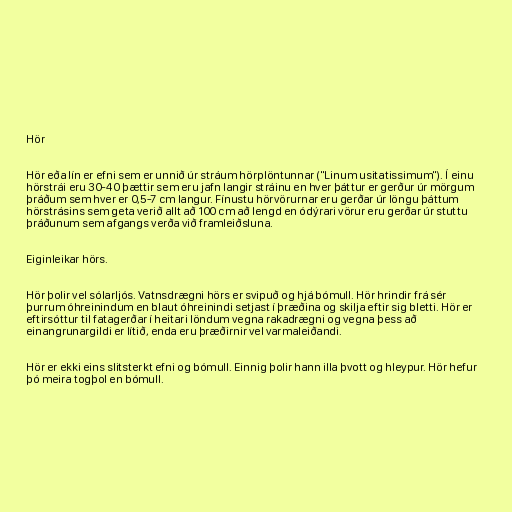
Hör

Hör eða lín er efni sem er unnið úr stráum hörplöntunnar ("Linum usitatissimum"). Í einu
hörstrái eru 30-40 þættir sem eru jafn langir stráinu en hver þáttur er gerður úr mörgum
þráðum sem hver er 0,5-7 cm langur. Fínustu hörvörurnar eru gerðar úr löngu þáttum
hörstrásins sem geta verið allt að 100 cm að lengd en ódýrari vörur eru gerðar úr stuttu
þráðunum sem afgangs verða við framleiðsluna.

Eiginleikar hörs.

Hör þolir vel sólarljós. Vatnsdrægni hörs er svipuð og hjá bómull. Hör hrindir frá sér
þurrum óhreinindum en blaut óhreinindi setjast í þræðina og skilja eftir sig bletti. Hör er
eftirsóttur til fatagerðar í heitari löndum vegna rakadrægni og vegna þess að
einangrunargildi er lítið, enda eru þræðirnir vel varmaleiðandi.

Hör er ekki eins slitsterkt efni og bómull. Einnig þolir hann illa þvott og hleypur. Hör hefur
þó meira togþol en bómull.